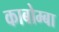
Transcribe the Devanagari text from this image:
काबोम्बा